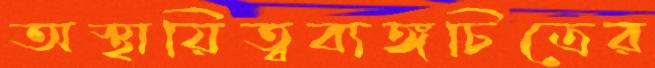
অস্থায়িত্বব্যঙ্গচিত্রের